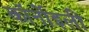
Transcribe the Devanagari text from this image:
कॉर्नोइली